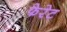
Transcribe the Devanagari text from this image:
फेरेट